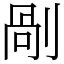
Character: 剮